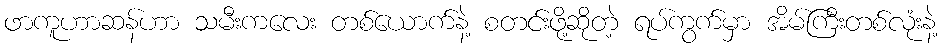
ဖာကူဟာဆန်ဟာ သမီးကလေး တစ်ယောက်နဲ့ စတင်းဖို့ဆိုတဲ့ ရပ်ကွက်မှာ အိမ်ကြီးတစ်လုံးနဲ့